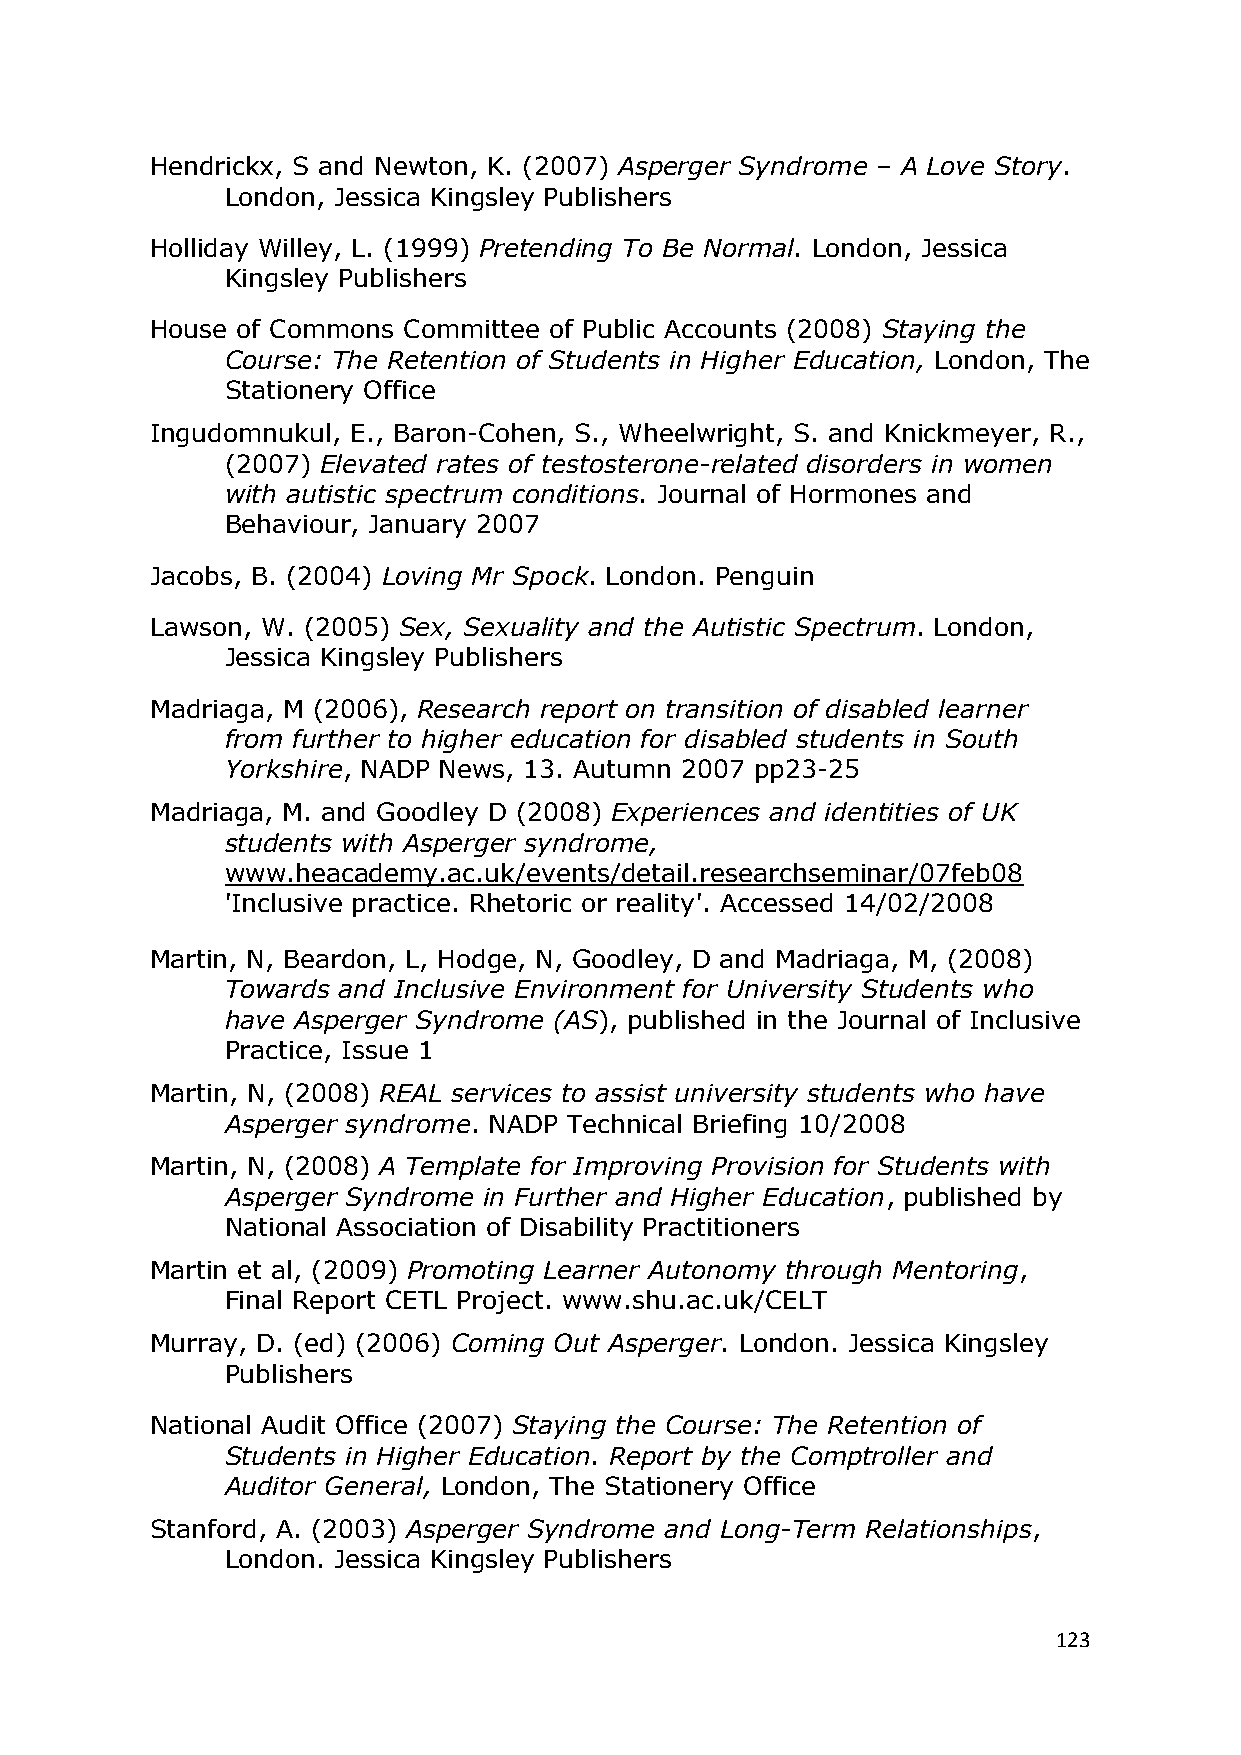
Hendrickx, S and Newton, K. (2007) Asperger Syndrome – A Love Story.
 London, Jessica Kingsley Publishers
 Holliday Willey, L. (1999) Pretending To Be Normal. London, Jessica
 Kingsley Publishers
 House of Commons Committee of Public Accounts (2008) Staying the
 Course: The Retention of Students in Higher Education, London, The
 Stationery Office
 Ingudomnukul, E., Baron-Cohen, S., Wheelwright, S. and Knickmeyer, R.,
 (2007) Elevated rates of testosterone-related disorders in women
 with autistic spectrum conditions. Journal of Hormones and
 Behaviour, January 2007
 Jacobs, B. (2004) Loving Mr Spock. London. Penguin
 Lawson, W. (2005) Sex, Sexuality and the Autistic Spectrum. London,
 Jessica Kingsley Publishers
 Madriaga, M (2006), Research report on transition of disabled learner
 from further to higher education for disabled students in South
 Yorkshire, NADP News, 13. Autumn 2007 pp23-25
 Madriaga, M. and Goodley D (2008) Experiences and identities of UK
 students with Asperger syndrome,
 www.heacademy.ac.uk/events/detail.researchseminar/07feb08
 'Inclusive practice. Rhetoric or reality'. Accessed 14/02/2008
 Martin, N, Beardon, L, Hodge, N, Goodley, D and Madriaga, M, (2008)
 Towards and Inclusive Environment for University Students who
 have Asperger Syndrome (AS), published in the Journal of Inclusive
 Practice, Issue 1
 Martin, N, (2008) REAL services to assist university students who have
 Asperger syndrome. NADP Technical Briefing 10/2008
 Martin, N, (2008) A Template for Improving Provision for Students with
 Asperger Syndrome in Further and Higher Education, published by
 National Association of Disability Practitioners
 Martin et al, (2009) Promoting Learner Autonomy through Mentoring,
 Final Report CETL Project. www.shu.ac.uk/CELT
 Murray, D. (ed) (2006) Coming Out Asperger. London. Jessica Kingsley
 Publishers
 National Audit Office (2007) Staying the Course: The Retention of
 Students in Higher Education. Report by the Comptroller and
 Auditor General, London, The Stationery Office
 Stanford, A. (2003) Asperger Syndrome and Long-Term Relationships,
 London. Jessica Kingsley Publishers
 123